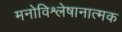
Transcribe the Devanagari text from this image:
मनोविश्लेषानात्मक